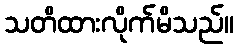
သတိထားလိုက်မိသည်။